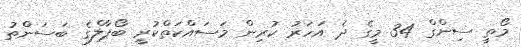
މޯތީ ސިންގް 34 މީގެ ދެ އަހަރު ކުރިން މަސައްކަތްކުރީ ބޯޕާލްގެ ބަސަންތު